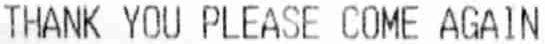
THANK YOU PLEASE COME AGAIN